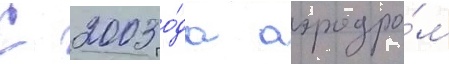
С 2003 го́да аэродро́м